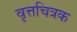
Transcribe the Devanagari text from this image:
वृत्तचित्रक